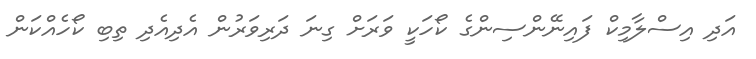
އަދި އިސްލާމިކް ފައިނޭންސިންގެ ކޯހަކީ ވަރަށް ގިނަ ދަރިވަރުން އެދިއެދި ތިބި ކޯހެއްކަން